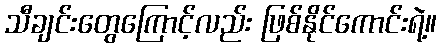
သီချင်းတွေကြောင့်လည်း ဖြစ်နိုင်ကောင်းရဲ့။